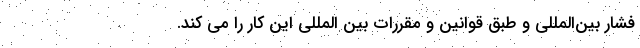
فشار بین‌المللی و طبق قوانین و مقررات بین المللی این کار را می کند.